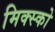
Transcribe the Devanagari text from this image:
मिक्स्को